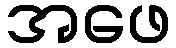
အဖေ